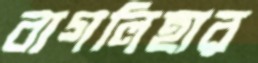
বাগলিহার